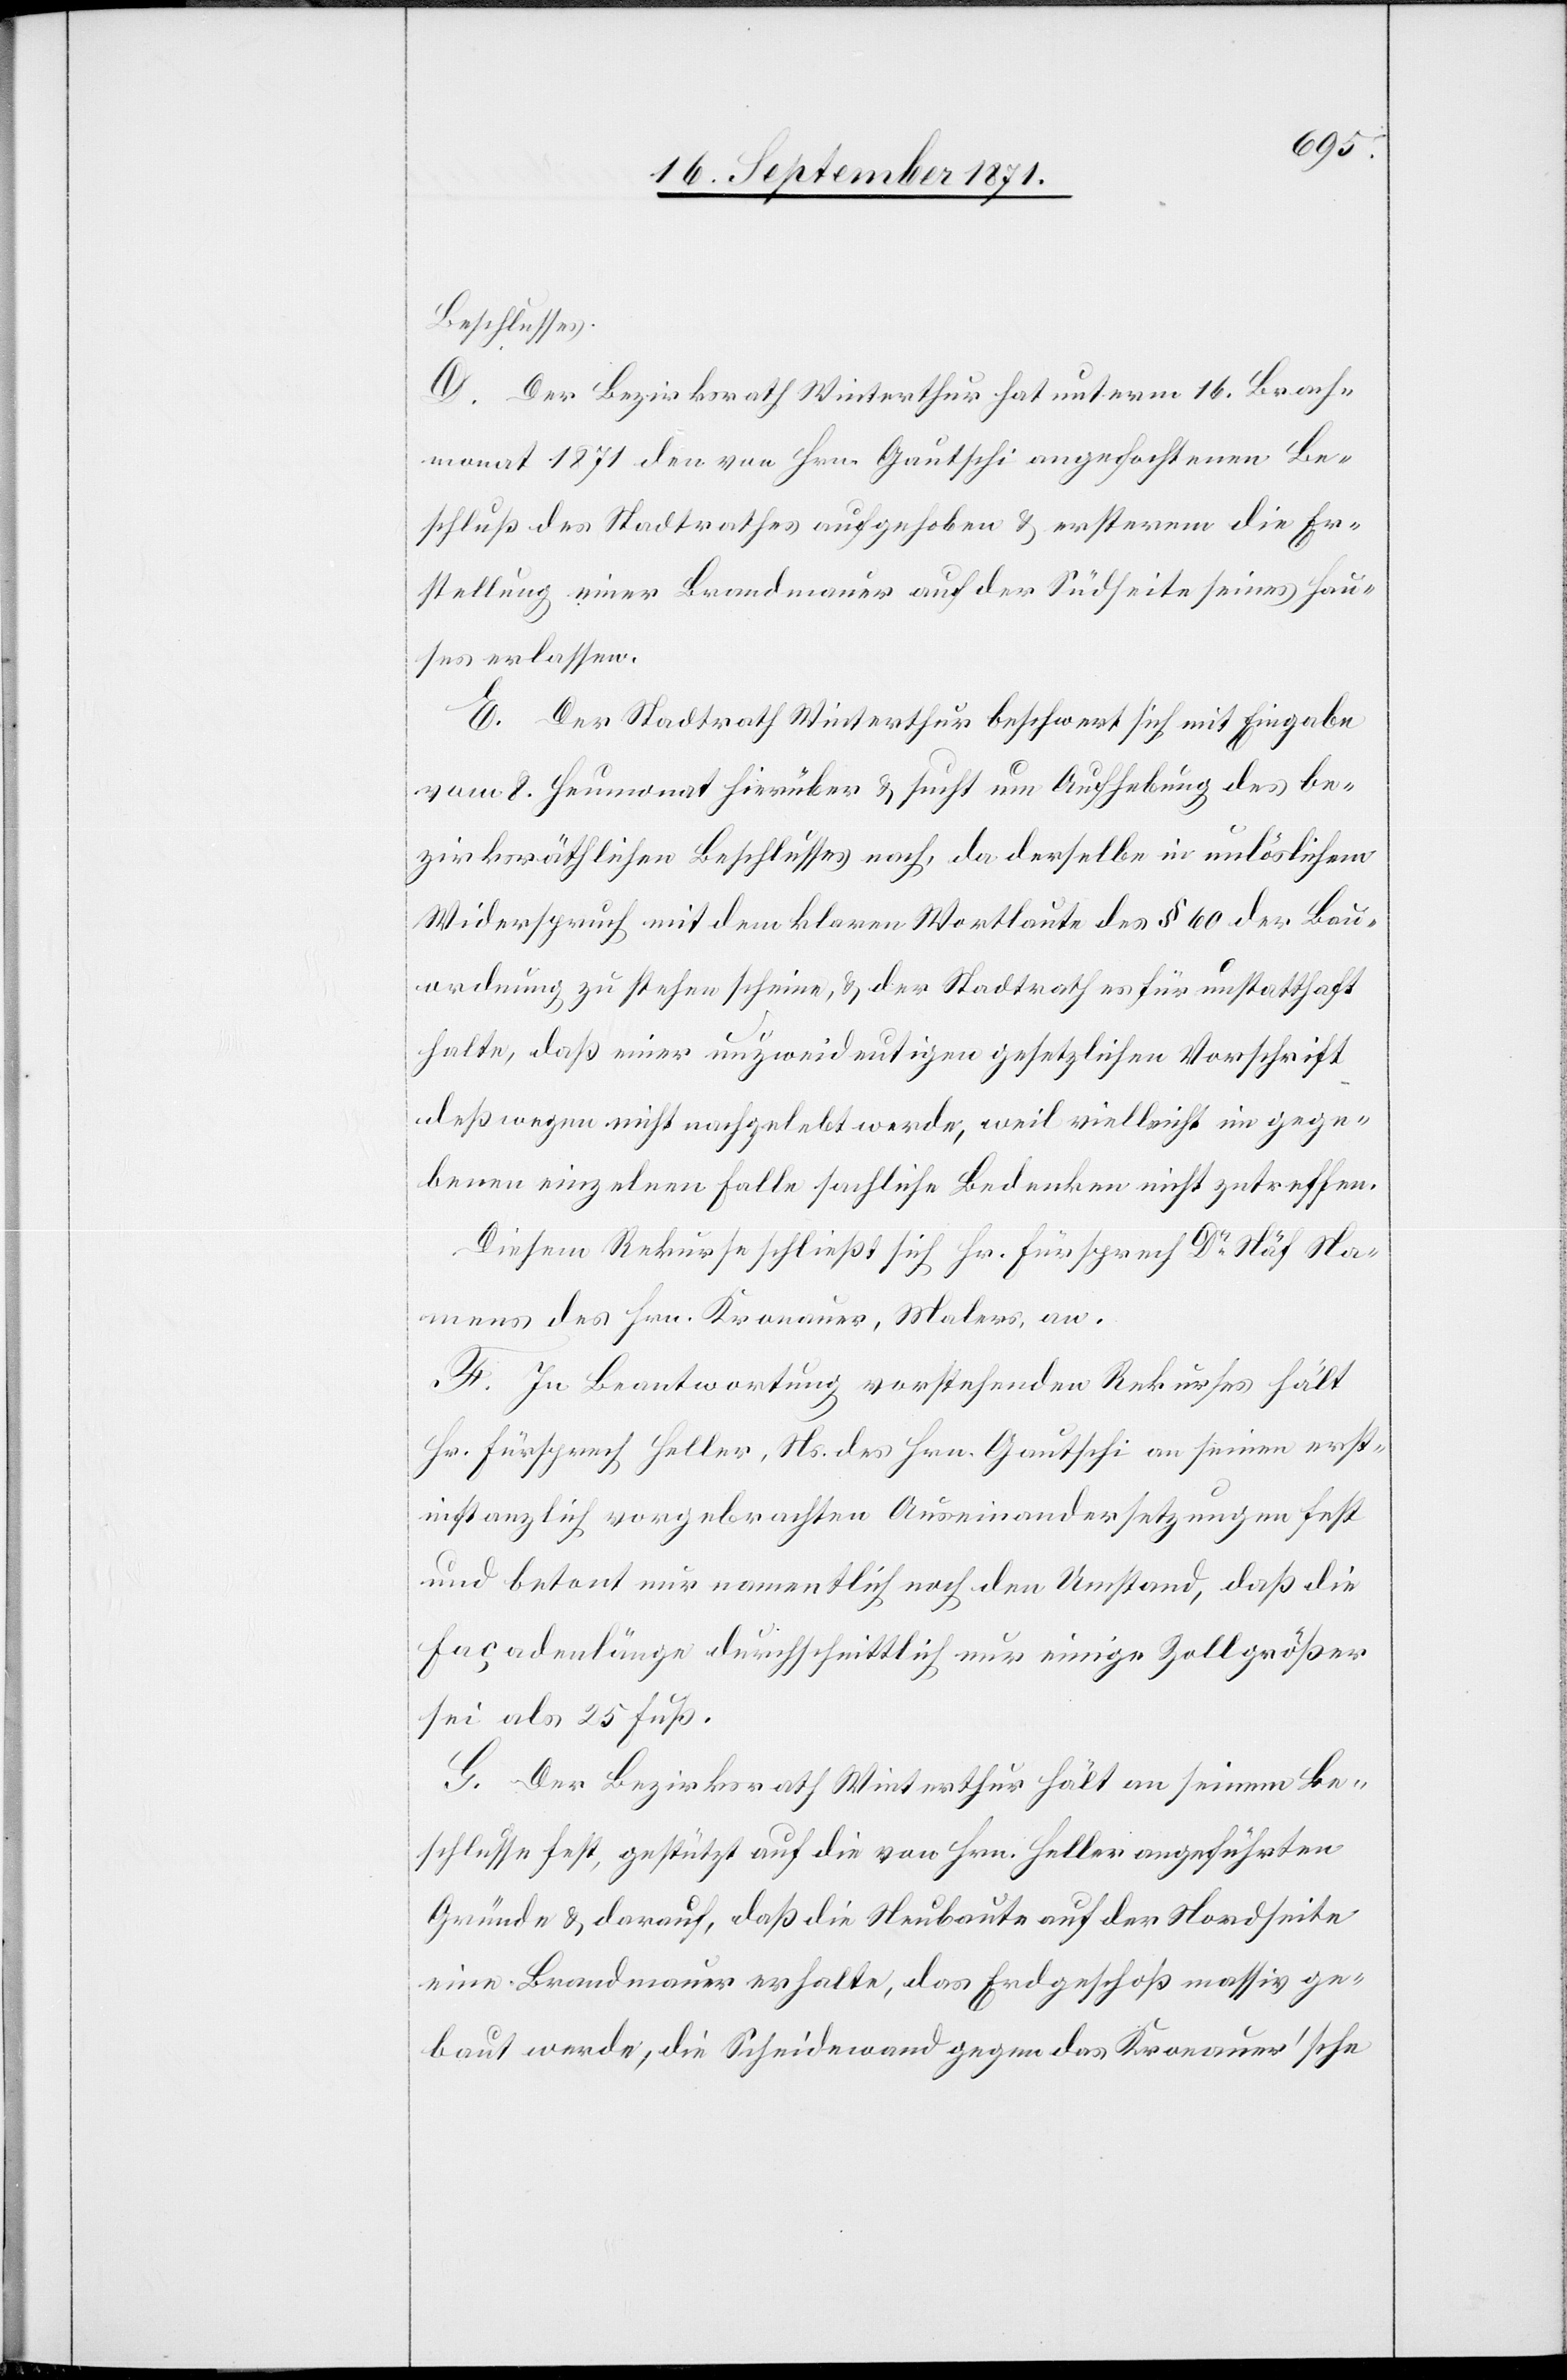
benen
Beschlusses.
D. Der Bezirksrath Winterthur hat unterm 16. Brach¬
monat 1871 den von Hrn. Gautschi angefochtenen Be¬
schluß des Stadtrathes aufgehoben & ersterem die Er¬
stellung einer Brandmauer auf der Südseite seines Hau¬
ses erlassen.
E. Der Stadtrath Winterthur beschwert sich mit Eingabe
vom 8. Heumonat hierüber & sucht um Aufhebung des be¬
zirksrätlichen Beschlusses nach, da derselbe in unlöslichem
Widerspruch mit dem klaren Wortlaute des § 60 der Bau¬
ordnung zu stehen scheine, & der Stadtrath es für unstatthaft
halte, daß einer unzweideutigen gesetzlichen Vorschrift
deßwegen nicht nachgelebt werde; weil vielleicht im gege¬
Diesem Rekurse schließt sich Hr. Fürsprech Dr Näf Na¬
mens des Hrn. Kronauer, Malers, an.
F. In Beantwortung vorstehenden Rekurses hält
Hr. Fürsprech Haller, Ns. des Hrn. Gautschi an seinen erst¬
instanzlich vorgebrachten Auseinandersetzungen fest
und betont nur namentlich noch den Umstand, daß die
Façadenlänge durchschnittlich nur einige Zoll größer
sei als 25 Fuß.
G. Der Bezirksrath Winterthur hält an seinem Be¬
schlusse fest, gestützt auf die von Hrn. Haller angeführten
Gründe & darauf, daß die Neubaute auf der Nordseite
eine Brandmauer erhalte, das Erdgeschoß massiv ge¬
baut werde, die Scheidewand gegen das Kronauer’sche